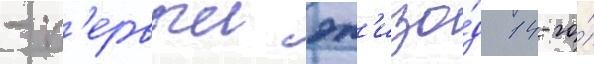
- п'ервыи эп'изо́д 14-го́